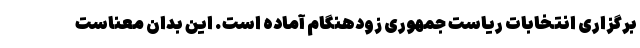
برگزاری انتخابات ریاست جمهوری زودهنگام آماده است. این بدان معناست